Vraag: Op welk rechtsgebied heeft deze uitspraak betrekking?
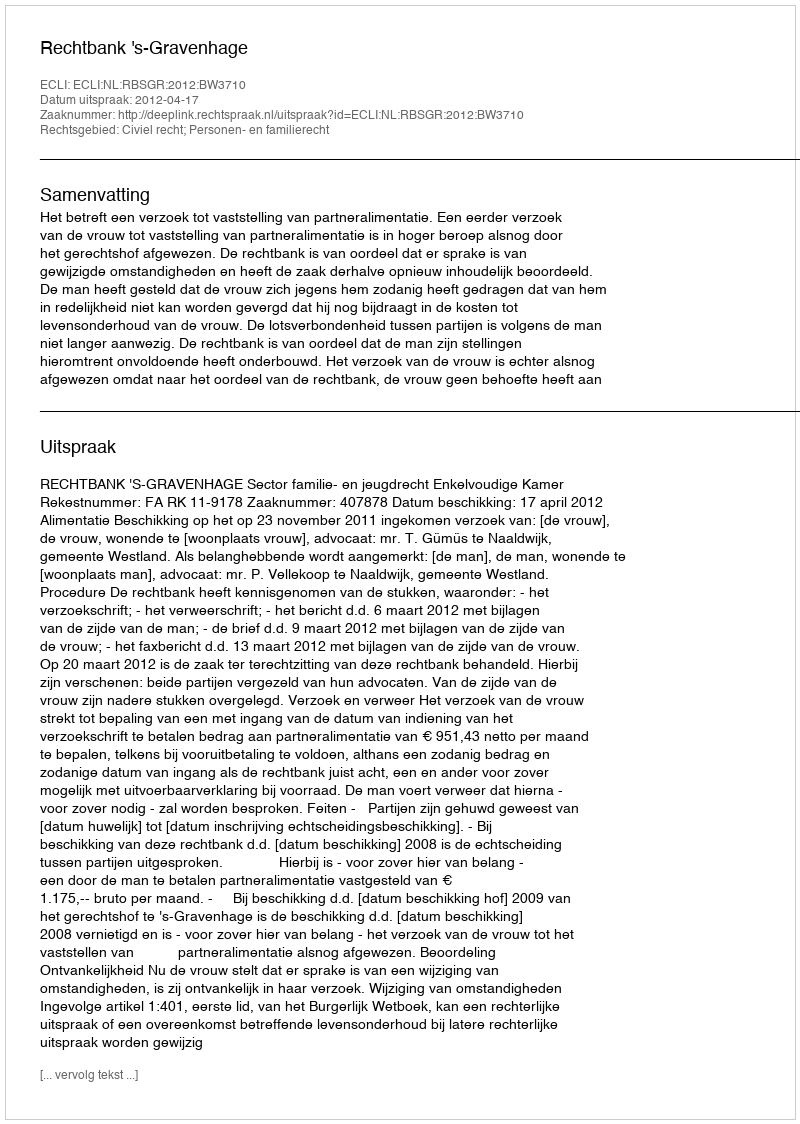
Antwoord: Civiel recht; Personen- en familierecht